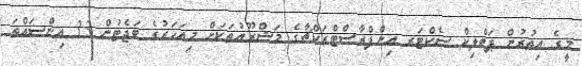
މީގެ އިތުރުން ޕަބްލިކް ސެކްޓަރ އިންފްރާސްޓްރަކްޗާގެ މަޝްރޫއުތަކަށް މިއަހަރުގެ ބަޖެޓުން 33 އިންސައްތަ